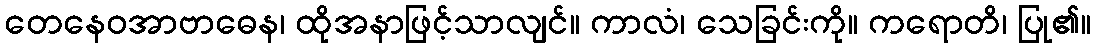
တေနေဝအာဗာဓေန၊ ထိုအနာဖြင့်သာလျင်။ ကာလံ၊ သေခြင်းကို။ ကရောတိ၊ ပြု၏။